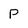
Character: p